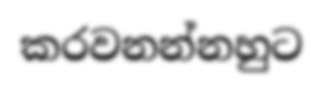
කරවනන්නහුට